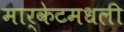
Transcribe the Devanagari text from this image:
मार्केटमधली